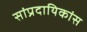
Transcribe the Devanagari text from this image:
सांप्रदायिकांस